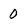
Character: 0